Eesti_Vabariigi_Tartu_Ulikool, lk 276
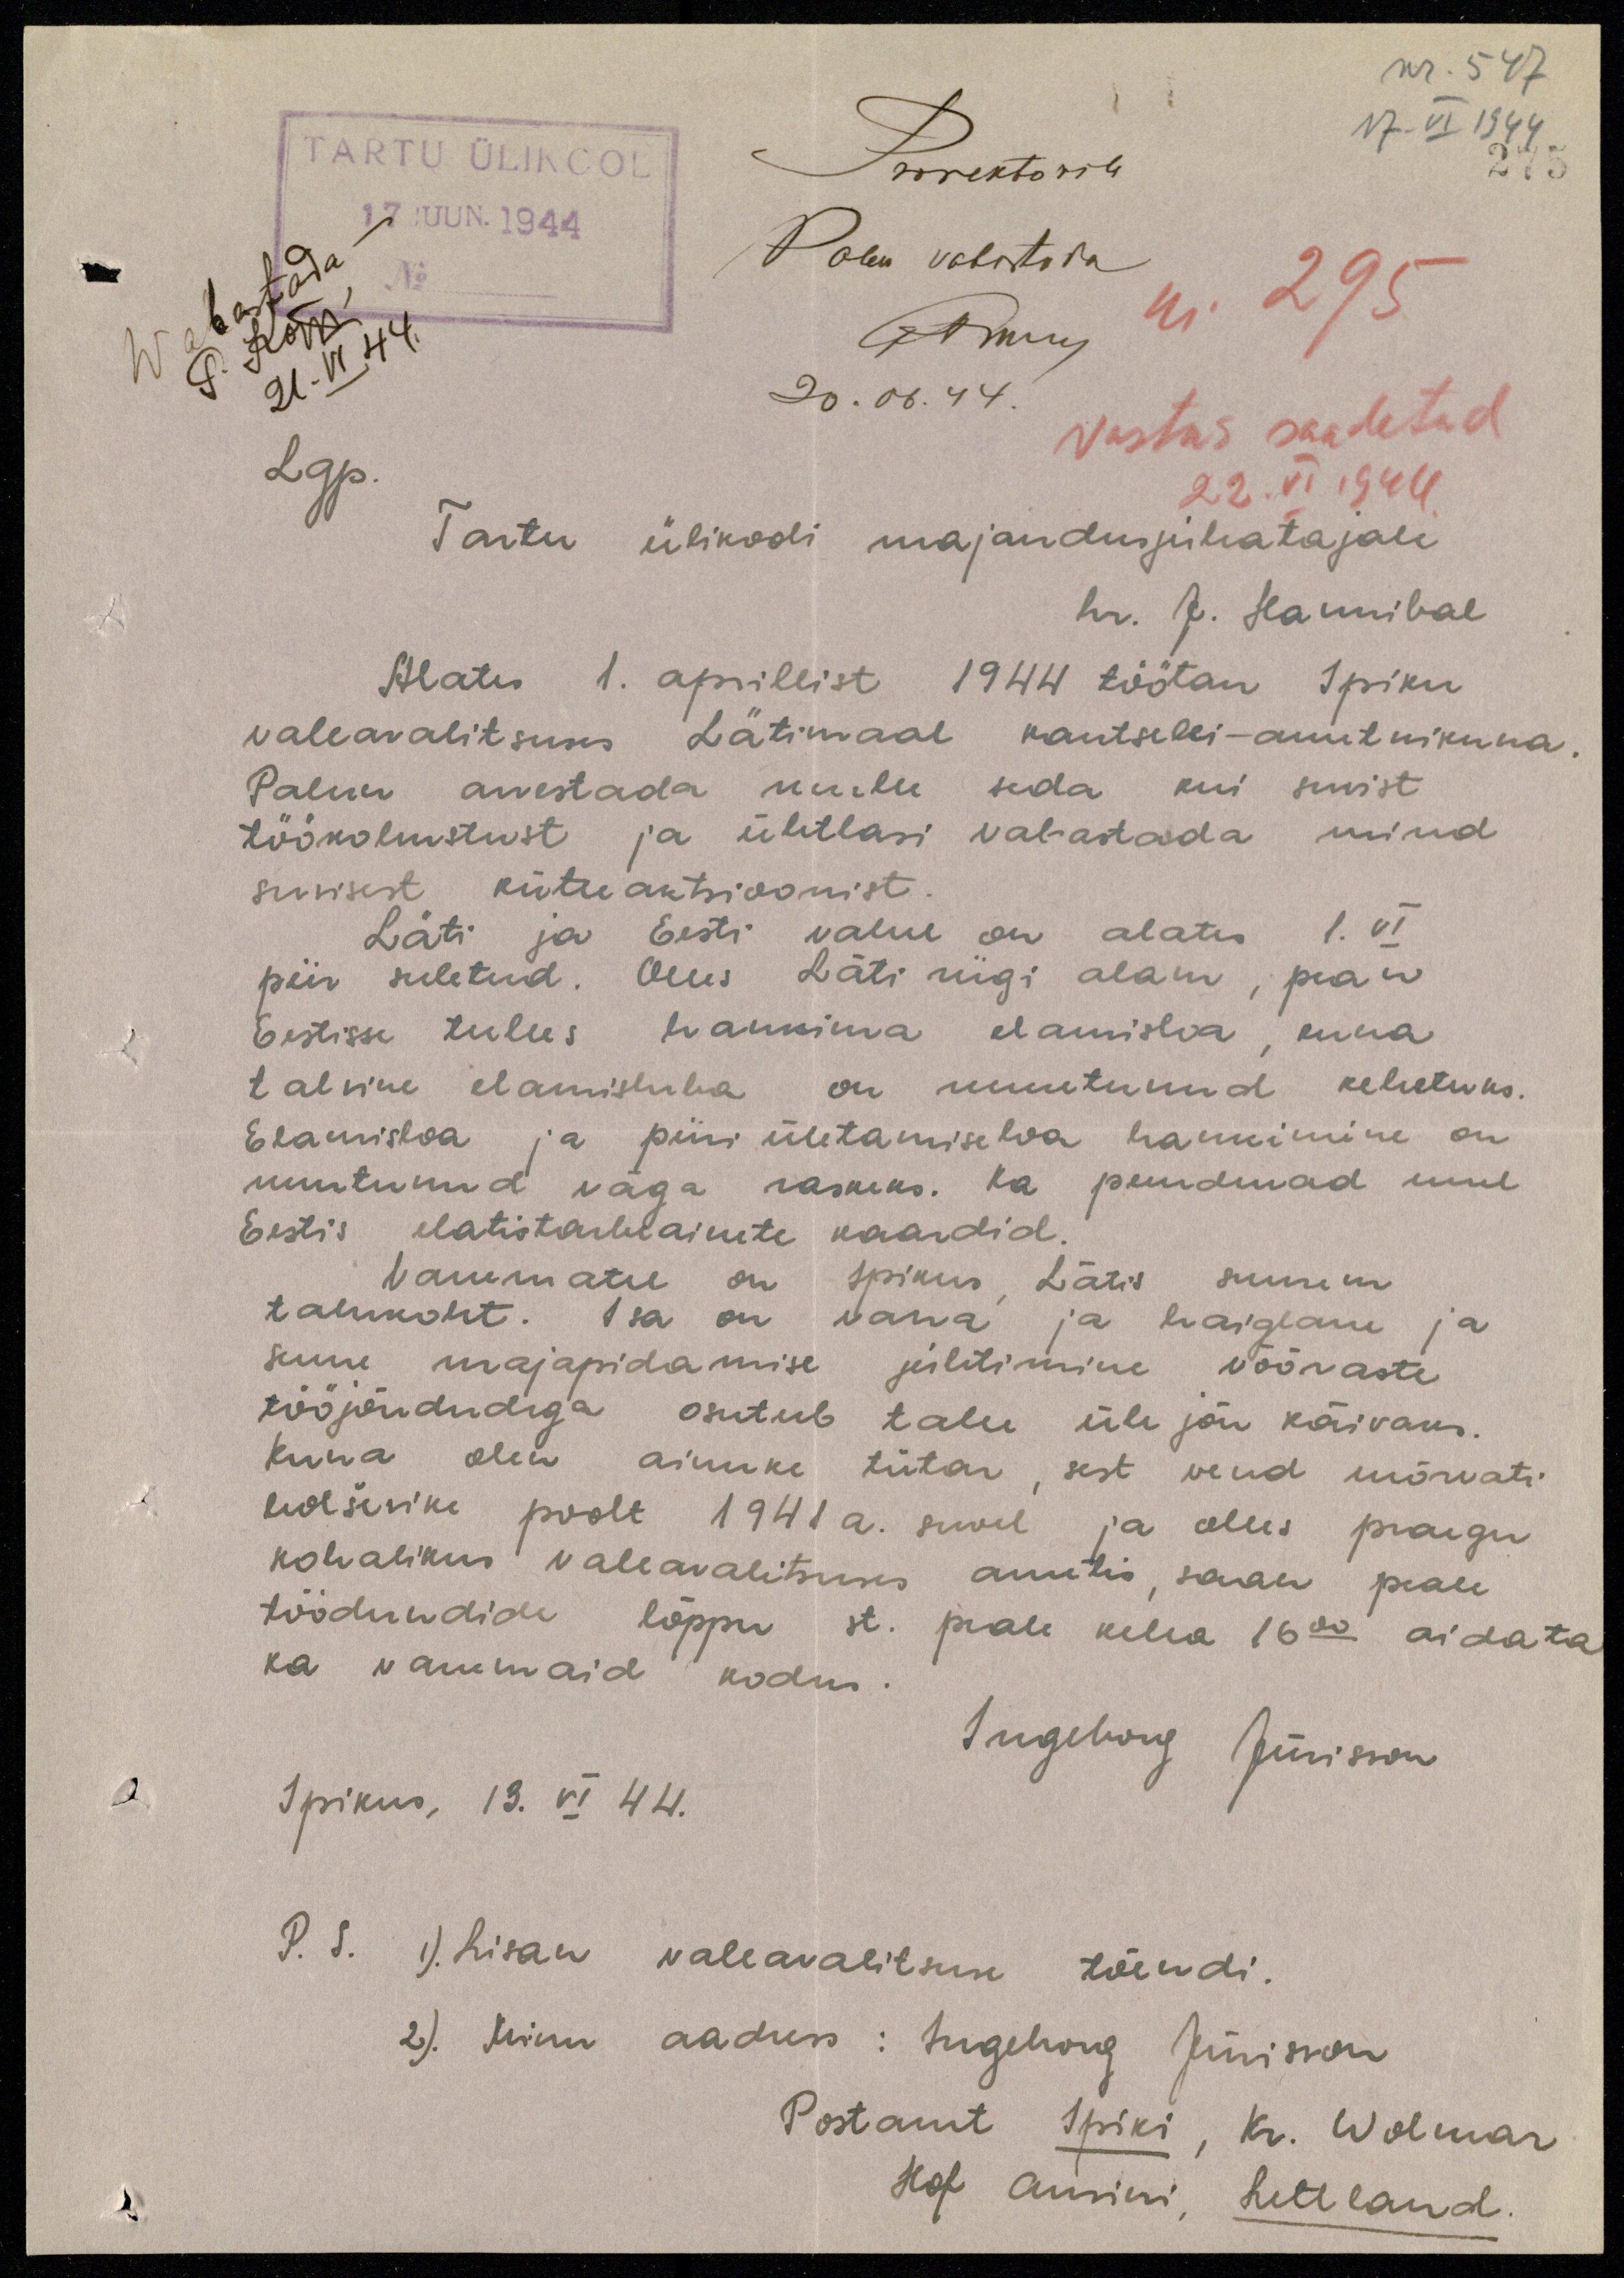
nr. 547
17. VI 1944
275
TARTU ÜLIKOOL
17. JUUN.1944
No
21. VI 44
Prorektorile
Palun vabastada
ANmuj
20.06.44.
nr. 295
vastus saadetud
22.VI 1944
Lgp.
Tartu ülikooli majandusjuhatajale
hr. J. Hannibal
Alates 1. aprillist 1944 töötan Ipiku
vallavalitsuses Lätimaal kantselei-ametnikuna.
Palun arvestada mulle seda kui suvist
töökohustust ja ühtlasi vabastada mind
suvisest kütteaktsioonist.
Läti ja Eesti vahel on alates 1. VI
piir suletud. Olles Läti riigi alam, pean
Eestisse tulles hankima elamisloa, kuna
talvine elamisluba on muutunud kehetuks.
Elamisloa ja piiri ületamise loa hankimine on
muutunud väga raskeks. Ka puuduvad mul
Eestis elatistarbeainete kaardid.
Vanematel on Ipikus Lätis suurem
talukoht. Isa on vana ja haiglane ja
suure majapidamise juhtimine võõraste
tööjõududega osutub talle üle jõu käivaks.
Kuna olen ainuke tütar, sest vend mõrvati
bolševike poolt 1941 a. suvel ja olles praegu
kohalikus vallavalitsuses ametis, saan peale
töödundide lõppu st. peale kella 16.00 aidata
ka vanemaid kodus.
Ingeborg Jürisson
Ipikus, 13. VI 44.
P. S. 1). Lisan vallavalitsuse tõendi.
2). Minu aadress: Ingeborg Jürisson
Postamt Ipiki, Kr. Wolmar
Hof Ausini, Lettland.